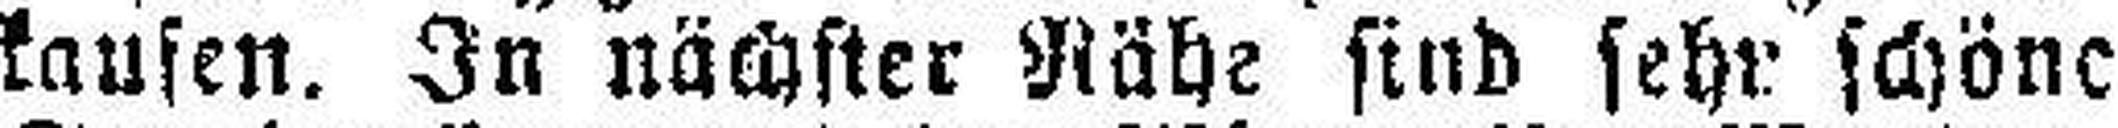
kaufen. In nächster Nähe sind sehr schöne